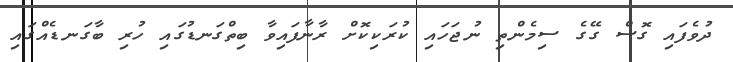
ދުވެފައި ގޮސް ގޭގެ ސިމެންތި ނުޖަހައި ކުރަކިކޮށް ރާނާފައިވާ ބިތްގަނޑުގައި ހުރި ބާގަނޑެއްގައި